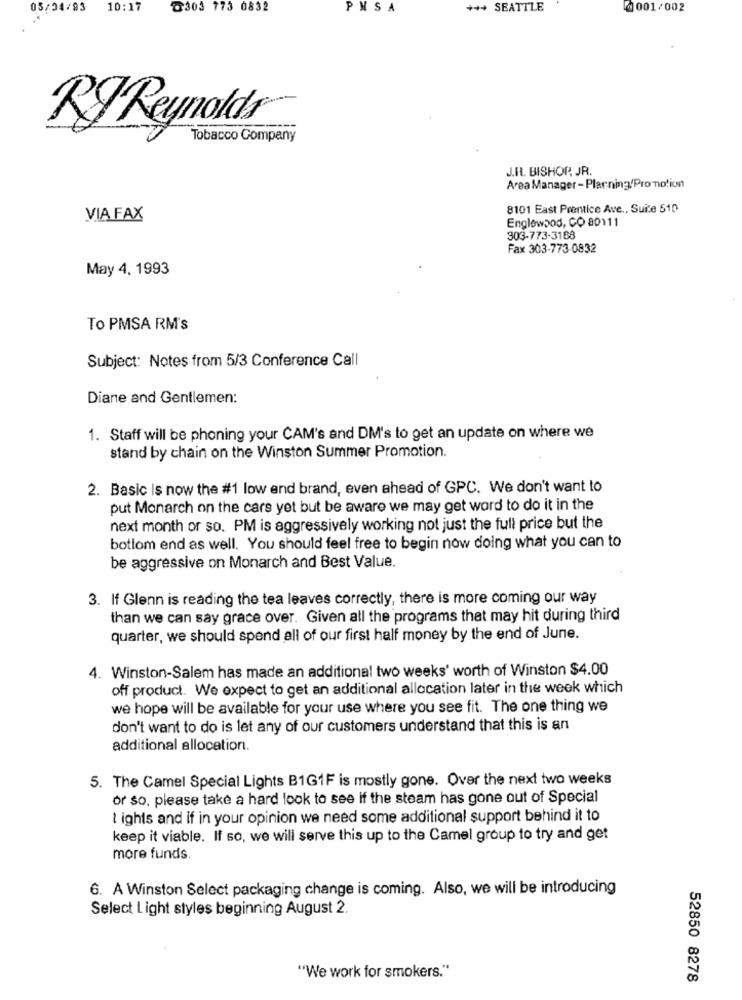
05/04/93
10:17
℃303 773 0832
PMSA
*** SEATTLE
0001/002
RJ Reynolds
Tobacco Company
J.R. BISHOP, JR.
Area Manager - Planning'Promotion
8101 East Prentice Ave ., Suite 510
VIA FAX
Englewood, CO 80111
303-773-3188
Fax 303-773-0832
May 4, 1993
To PMSA RM's
Subject: Notes from 5/3 Conference Call
Diane and Gentlemen:
1. Staff will be phoning your CAM's and DM's to get an update on where we
stand by chain on the Winston Summer Promotion.
2. Basic Is now the #1 low end brand, even ahead of GPC. We don't want to
put Monarch on the cars yet but be aware we may get word to do it in the
next month or so. PM is aggressively working not just the full price but the
bottom end as well. You should feel free to begin now doing what you can to
be aggressive on Monarch and Best Value.
3. If Glenn is reading the tea leaves correctly, there is more coming our way
than we can say grace over. Given all the programs that may hit during third
quarter, we should spend all of our first half money by the end of June.
4. Winston-Salem has made an additional two weeks' worth of Winston $4.00
off product. We expect to get an additional allocation later in the week which
we hope will be available for your use where you see fit. The one thing we
don't want to do is let any of our customers understand that this is an
additional allocation.
5. The Camel Special Lights B1G1F is mostly gone. Over the next two weeks
or so, please take a hard look to see if the steam has gone out of Special
I ights and if in your opinion we need some additional support behind it to
keep it viable. If so, we will serve this up to the Camel group to try and get
more funds.
6. A Winston Select packaging change is coming. Also, we will be introducing
Select Light styles beginning August 2.
"We work for smokers."
52850 8278